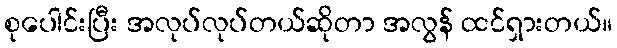
စုပေါင်းပြီး အလုပ်လုပ်တယ်ဆိုတာ အလွန် ထင်ရှားတယ်။